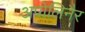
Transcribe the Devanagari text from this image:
अपोलिनैर